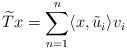
\begin{align*}\widetilde{T}x=\sum_{n=1}^n\langle x,\tilde{u}_i\rangle v_i\end{align*}